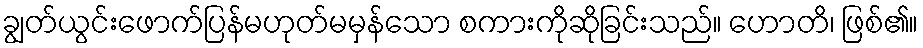
ချွတ်ယွင်းဖောက်ပြန်မဟုတ်မမှန်သော စကားကိုဆိုခြင်းသည်။ ဟောတိ၊ ဖြစ်၏။